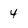
Character: 4